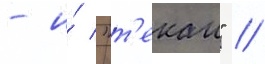
- и́ "т'екаи" //